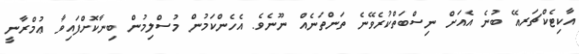
އާކިޓެކްޗަރއޭ ބުނެ އެއަށް ނިސްބަތްކުރެވޭނެ ތަންތަނެއް ނޫނެވެ. އެހެންކަމުން މުސްލިމުން ބިނާކޮށްފައިވާ ޢުމްރާނީ